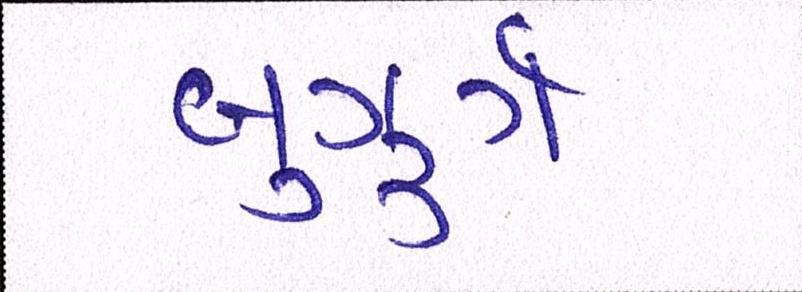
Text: બુઝુર્ગ